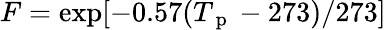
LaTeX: F=\exp[-0.57(T_{\mathrm{~p~}}-273)/273]